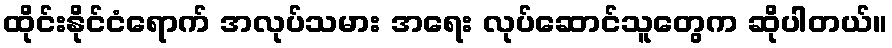
ထိုင်းနိုင်ငံရောက် အလုပ်သမား အရေး လုပ်ဆောင်သူတွေက ဆိုပါတယ်။